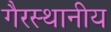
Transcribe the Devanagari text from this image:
गैरस्थानीय